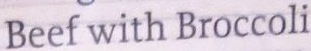
Beef with Broccoli